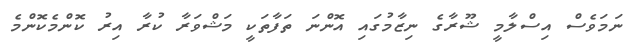
ނަމަވެސް އިސްލާމީ ޝޫރާގެ ނިޒާމުގައި އޮންނަ ތަފާތަކީ މަޝްވަރާ ކުރާ އިރު ކޮންމެކޮންމެ